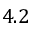
4 . 2